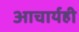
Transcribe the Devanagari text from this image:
आचार्यही